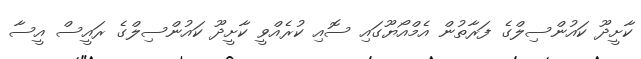
ކާށީދޫ ކައުންސިލްގެ ފަރާތުން އެމްއޯޔޫގައި ސޮއި ކުރެއްވީ ކާށީދޫ ކައުންސިލްގެ ރައީސް އީސާ